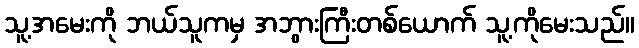
သူ့အမေးကို ဘယ်သူကမှ အဘွားကြီးတစ်ယောက် သူ့ကိုမေးသည်။